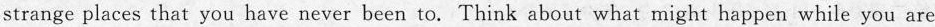
strange places that you have never been to. Think about what might happen while you are